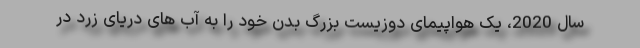
سال 2020، یک هواپیمای دوزیست بزرگ بدن خود را به آب های دریای زرد در